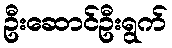
ဦးဆောင်ဦးရွက်